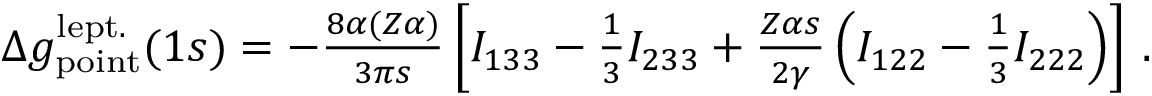
\begin{array} { r } { \Delta { g } _ { \mathrm { p o i n t } } ^ { \mathrm { l e p t . } } ( 1 s ) = - \frac { 8 \alpha ( Z \alpha ) } { 3 \pi s } \left[ I _ { 1 3 3 } - \frac { 1 } { 3 } I _ { 2 3 3 } + \frac { Z \alpha s } { 2 \gamma } \left( I _ { 1 2 2 } - \frac { 1 } { 3 } I _ { 2 2 2 } \right) \right] \, . } \end{array}